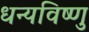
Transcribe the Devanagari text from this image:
धन्यविष्णु